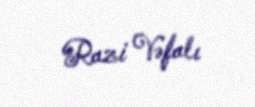
Razi Vəfalı